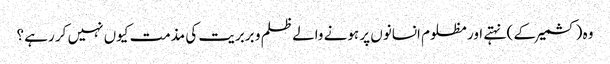
وہ (کشمیر کے ) نہتے اور مظلوم انسانوں پر ہونے والے ظلم و بربریت کی مذمت کیوں نہیں کر رہے ؟